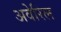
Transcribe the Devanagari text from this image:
अवेरिल